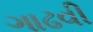
ગાઢવી